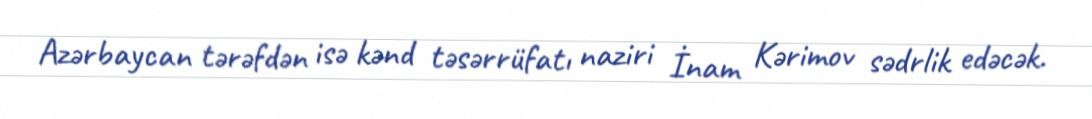
Azərbaycan tərəfdən isə kənd təsərrüfatı naziri İnam Kərimov sədrlik edəcək.